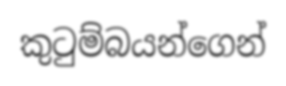
කුටුම්බයන්ගෙන්